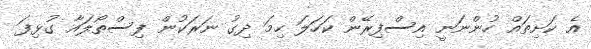
އެ ކަށިތައް ހުންނަނީ އިސްފިރޭން ކަހަލަ ހިމަ ދިގު ނަރަކުން ފިސްތޯލައާ ގުޅިފަ